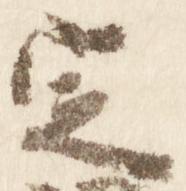
定